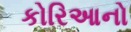
કોરિઆનો